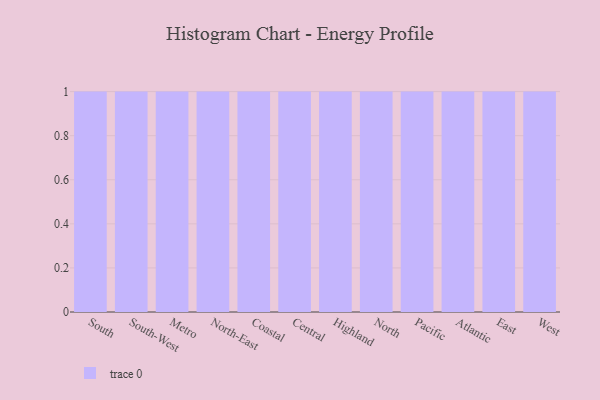
{"axis": {"x": "Region", "y": "Gross Profit (USD K)"}, "legend": [""], "data": [{"x": "South", "y": 26, "type": ""}, {"x": "South-West", "y": 34, "type": ""}, {"x": "Metro", "y": 95, "type": ""}, {"x": "North-East", "y": 2, "type": ""}, {"x": "Coastal", "y": 23, "type": ""}, {"x": "Central", "y": 9, "type": ""}, {"x": "Highland", "y": 49, "type": ""}, {"x": "North", "y": 2, "type": ""}, {"x": "Pacific", "y": 8, "type": ""}, {"x": "Atlantic", "y": 51, "type": ""}, {"x": "East", "y": 96, "type": ""}, {"x": "West", "y": 87, "type": ""}]}